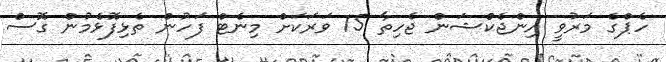
ހެޕްގެ މަރުވީ އިންޖެކްޝަން ޖެހިތާ 15 ވަރަކަށް މިނެޓް ފަހުން ތެޅިފޮޅެމުން ގޮސް